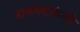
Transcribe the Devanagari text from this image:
रानभटकंती